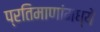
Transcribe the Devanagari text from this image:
प्रतिमाणांमध्ये